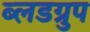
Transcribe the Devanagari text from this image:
ब्लडग्रुप